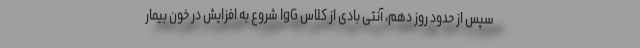
سپس از حدود روز دهم، آنتی بادی از کلاس IgG شروع به افزایش در خون بیمار